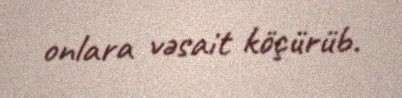
onlara vəsait köçürüb.